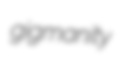
gigmanity